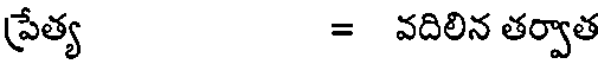
ప్రేత్య = వదిలిన తర్వాత